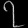
Digit: ၇